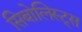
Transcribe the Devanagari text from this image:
सिबोलिस्ट्स